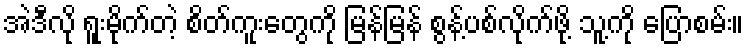
အဲဒီလို ရူးမိုက်တဲ့ စိတ်ကူးတွေကို မြန်မြန် စွန့်ပစ်လိုက်ဖို့ သူ့ကို ပြောစမ်း။